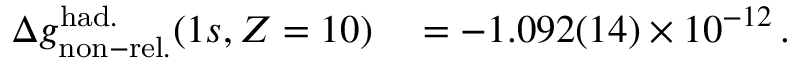
\begin{array} { r l } { \Delta g _ { \mathrm { n o n - r e l . } } ^ { \mathrm { h a d . } } ( 1 s , Z = 1 0 ) } & { { } = - 1 . 0 9 2 ( 1 4 ) \times 1 0 ^ { - 1 2 } \, . } \end{array}